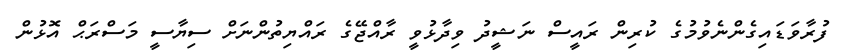
ފުރާވަޑައިގެންނެވުމުގެ ކުރިން ރައީސް ނަޝީދު ވިދާޅުވީ ރާއްޖޭގެ ރައްޔިތުންނަށް ސިޔާސީ މަސްރަޙް އޮޅުން